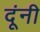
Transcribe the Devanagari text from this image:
दूंनी